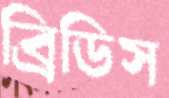
ব্রিডিস